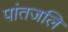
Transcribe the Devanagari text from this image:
पांतजलि